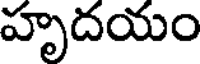
హృదయం